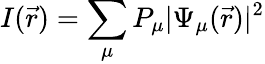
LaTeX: I(\vec{r})=\sum_{\mu}P_{\mu}|\Psi_{\mu}(\vec{r})|^{2}